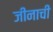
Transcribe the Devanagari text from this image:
जीनाची